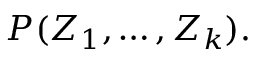
P ( Z _ { 1 } , \dots , Z _ { k } ) .